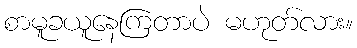
စာမူခယူနေကြတာပဲ မဟုတ်လား။